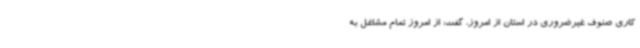
کاری صنوف غیرضروری در استان از امروز، گفت: از امروز تمام مشاغل به